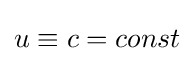
u\equiv c=const